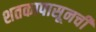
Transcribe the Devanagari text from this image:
शतकापासूनची